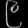
Digit: ၉